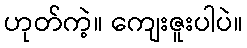
ဟုတ်ကဲ့။ ကျေးဇူးပါပဲ။